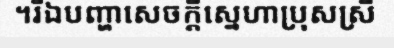
។រីឯបញ្ហាសេចក្តីស្នេហាប្រុសស្រី